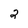
Character: 2